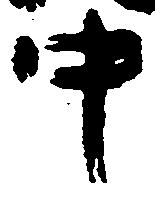
中